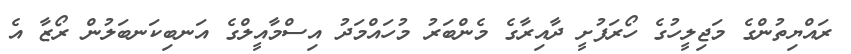
ރައްޔިތުންގެ މަޖިލީހުގެ ހޯރަފުށީ ދާއިރާގެ މެންބަރު މުހައްމަދު އިސްމާއީލްގެ އަނބިކަނބަލުން ރޯޒާ އެ